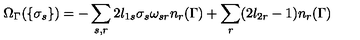
\Omega _ { \Gamma } ( \{ \sigma _ { s } \} ) = - \sum _ { s , r } 2 l _ { 1 s } \sigma _ { s } \omega _ { s r } n _ { r } ( \Gamma ) + \sum _ { r } ( 2 l _ { 2 r } - 1 ) n _ { r } ( \Gamma )